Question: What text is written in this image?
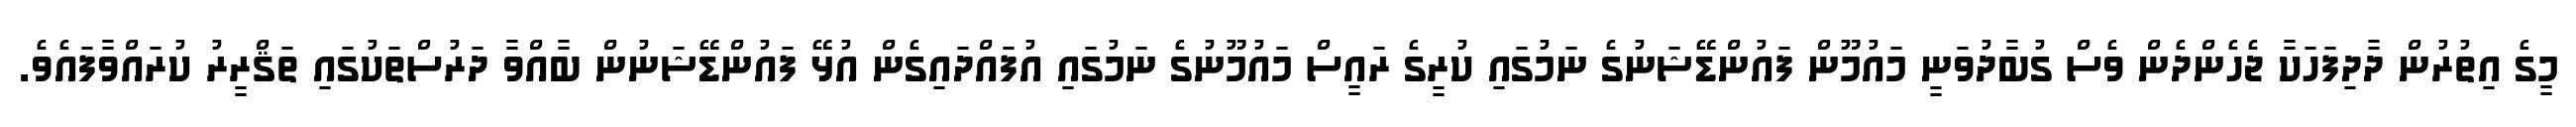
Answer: މީގެ އިތުރުން ދާދިފަހަކާ ޖެހެންދެން ވެސް ގުބާދުވަނީ މައުމޫން ފައުންޑޭޝަނުގެ ނަމުގައި ކުރީގެ ރައީސް މައުމޫނުގެ ނަމުގައި އުފައްދައިގެން އުޅޭ ފައުންޑޭޝަނުން ބާއްވާ ދަރުސްތަކުގައި ތަޤްރީރު ކުރައްވާފައެވެ.